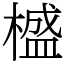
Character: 𣛮